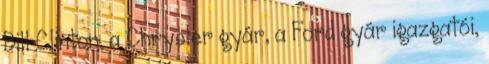
Bill Clinton, a Chrysler gyár, a Ford gyár igazgatói,